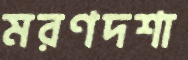
মরণদশা